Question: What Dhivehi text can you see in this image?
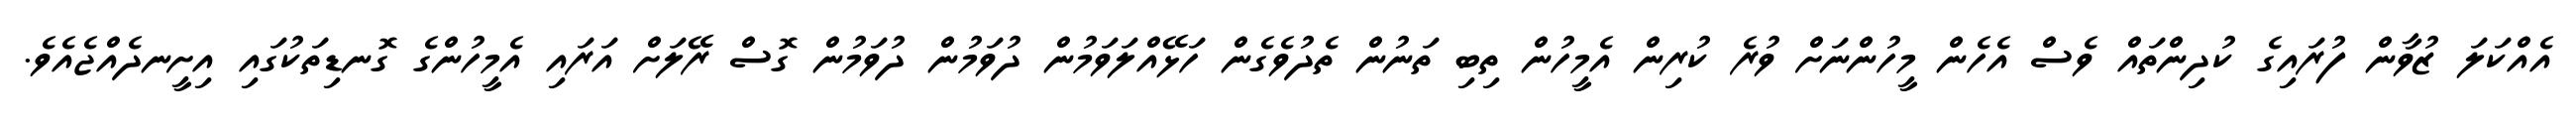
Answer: އެއްކަލަ ޒުވާން ފުރައިގެ ކުދިންތައް ވެސް އެހެން މީހުންނަށް ވުރެ ކުރިން އެމީހުން ތިބި ތަނުން ތެދުވެގެން ހަޅޭއްލަވަމުން ދުވަމުން ދުވަމުން ގޮސް ރޭލަށް އަރައި އެމީހުންގެ ގޮނޑިތަކުގައި އިށީނދެއްޖެއެވެ.